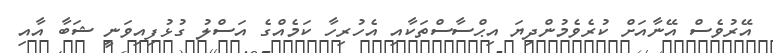
އޭރުވެސް އޭނާއަށް ކުރެވެމުންދިޔަ އިޙްސާސްތަކާއި އެހުރިހާ ކަމެއްގެ އަސްލު ގުޅުފިއިވަނީ ޝަބާ އާއި